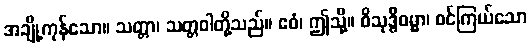
အချို့ကုန်သော။ သတ္တာ၊ သတ္တဝါတို့သည်။ ဧဝံ၊ ဤသို့။ ဝိသုဒ္ဓိဓမ္မာ၊ စင်ကြယ်သော